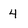
Character: 4